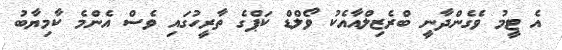
އެ ޓީމު ވެގެންދާނީ ބްރެޒިލްއާއެކު ވޯލްޑް ކަޕްގެ ތާރީހުގައި ވެސް އެންމެ ކާމިޔާބު